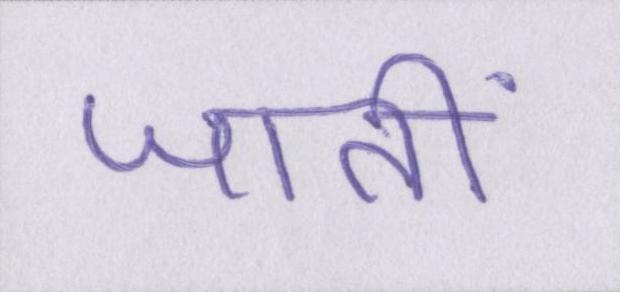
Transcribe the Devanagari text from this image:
जातीं